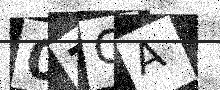
Text: 07CA